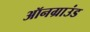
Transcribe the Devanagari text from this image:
ऑनग्राउंड